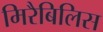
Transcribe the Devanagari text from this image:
मिरैबिलिस